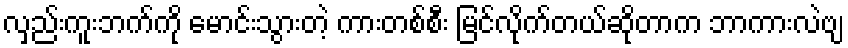
လှည်းကူးဘက်ကို မောင်းသွားတဲ့ ကားတစ်စီး မြင်လိုက်တယ်ဆိုတာက ဘာကားလဲဗျ